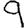
Digit: 9